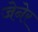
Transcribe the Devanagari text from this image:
जेनेर